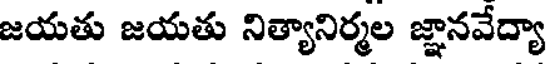
జయతు జయతు నిత్యానిర్మల జ్ఞానవేద్యా